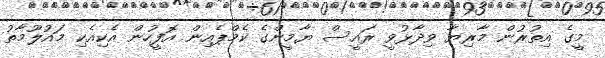
މީގެ އިތުރުން މާރިޔާ ވިދާޅުވީ ރައީސް ޔާމީންގެ ކެމްޕެއިން އޮފީހުން އެކިއެކި މައުލޫމާތު